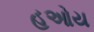
હઓય